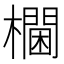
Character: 𰙀